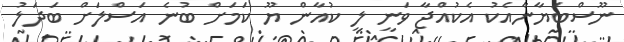
ނޫސްބަޔާނާއެކު އެކުއްޖާ ވަނީ ލީ ކުއާން ޔޫ ކަމަށް ބުނެ އަސްލަށް ބަދަލު